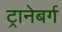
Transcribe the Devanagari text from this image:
ट्रानेबर्ग